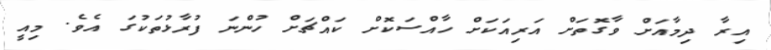
އިރާ ދިމާއަށް ވާގޮތަށް އަރިއަކަށް ހާއްސަކޮށް ކައްޗަށް ހުންނަ ފުރާޅުތަކުގަ އެވެ. މިއީ